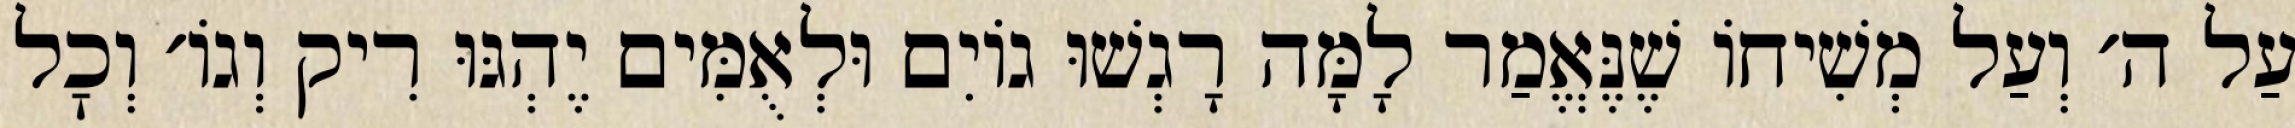
עַל ה׳ וְעַל מְשִׁיחוֹ שֶׁנֶּאֱמַר לָמָּה רָגְשׁוּ גוֹיִם וּלְאֻמִּים יֶהְגּוּ רִיק וְגוֹ׳ וְכׇל